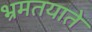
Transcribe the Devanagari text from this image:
भ्रमतयाते